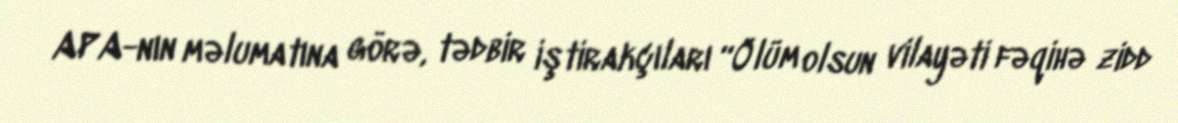
APA-nın məlumatına görə, tədbir iştirakçıları “Ölüm olsun vilayəti fəqihə zidd